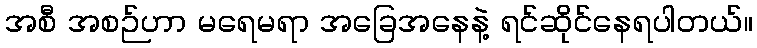
အစီ အစဉ်ဟာ မရေမရာ အခြေအနေနဲ့ ရင်ဆိုင်နေရပါတယ်။